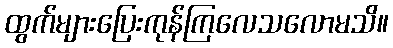
ထွက်များပြေးကုန်ကြလေသလောမသိ။